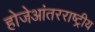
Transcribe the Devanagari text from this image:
होजेआंतरराष्ट्रीय